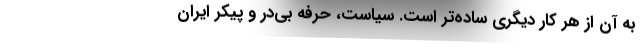
به آن از هر کار دیگری ساده‌تر است. سیاست، حرفه بی‌در و پیکر ایران